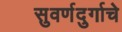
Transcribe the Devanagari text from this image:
सुवर्णदुर्गाचे